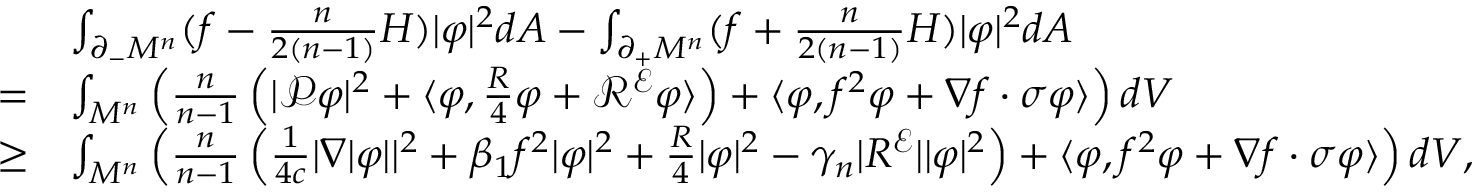
\begin{array} { r l } & { \int _ { \partial _ { - } M ^ { n } } ( f - \frac { n } { 2 ( n - 1 ) } H ) | \varphi | ^ { 2 } d A - \int _ { \partial _ { + } M ^ { n } } ( f + \frac { n } { 2 ( n - 1 ) } H ) | \varphi | ^ { 2 } d A } \\ { = } & { \int _ { M ^ { n } } \left( \frac { n } { n - 1 } \left( | \mathcal { P } \varphi | ^ { 2 } + \langle \varphi , \frac { R } { 4 } \varphi + \mathcal { R } ^ { \mathcal { E } } \varphi \rangle \right) + \langle \varphi , f ^ { 2 } \varphi + \nabla f \cdot \sigma \varphi \rangle \right) d V } \\ { \ge } & { \int _ { M ^ { n } } \left( \frac { n } { n - 1 } \left( \frac { 1 } { 4 c } | \nabla | \varphi | | ^ { 2 } + \beta _ { 1 } f ^ { 2 } | \varphi | ^ { 2 } + \frac { R } { 4 } | \varphi | ^ { 2 } - \gamma _ { n } | R ^ { \mathcal { E } } | | \varphi | ^ { 2 } \right) + \langle \varphi , f ^ { 2 } \varphi + \nabla f \cdot \sigma \varphi \rangle \right) d V , } \end{array}